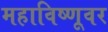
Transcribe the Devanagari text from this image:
महाविष्णूवर